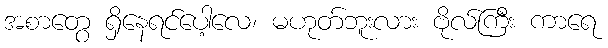
အစာတွေ ရှိနေရင်ပေါ့လေ၊ မဟုတ်ဘူးလား ဗိုလ်ကြီး ကာရေ